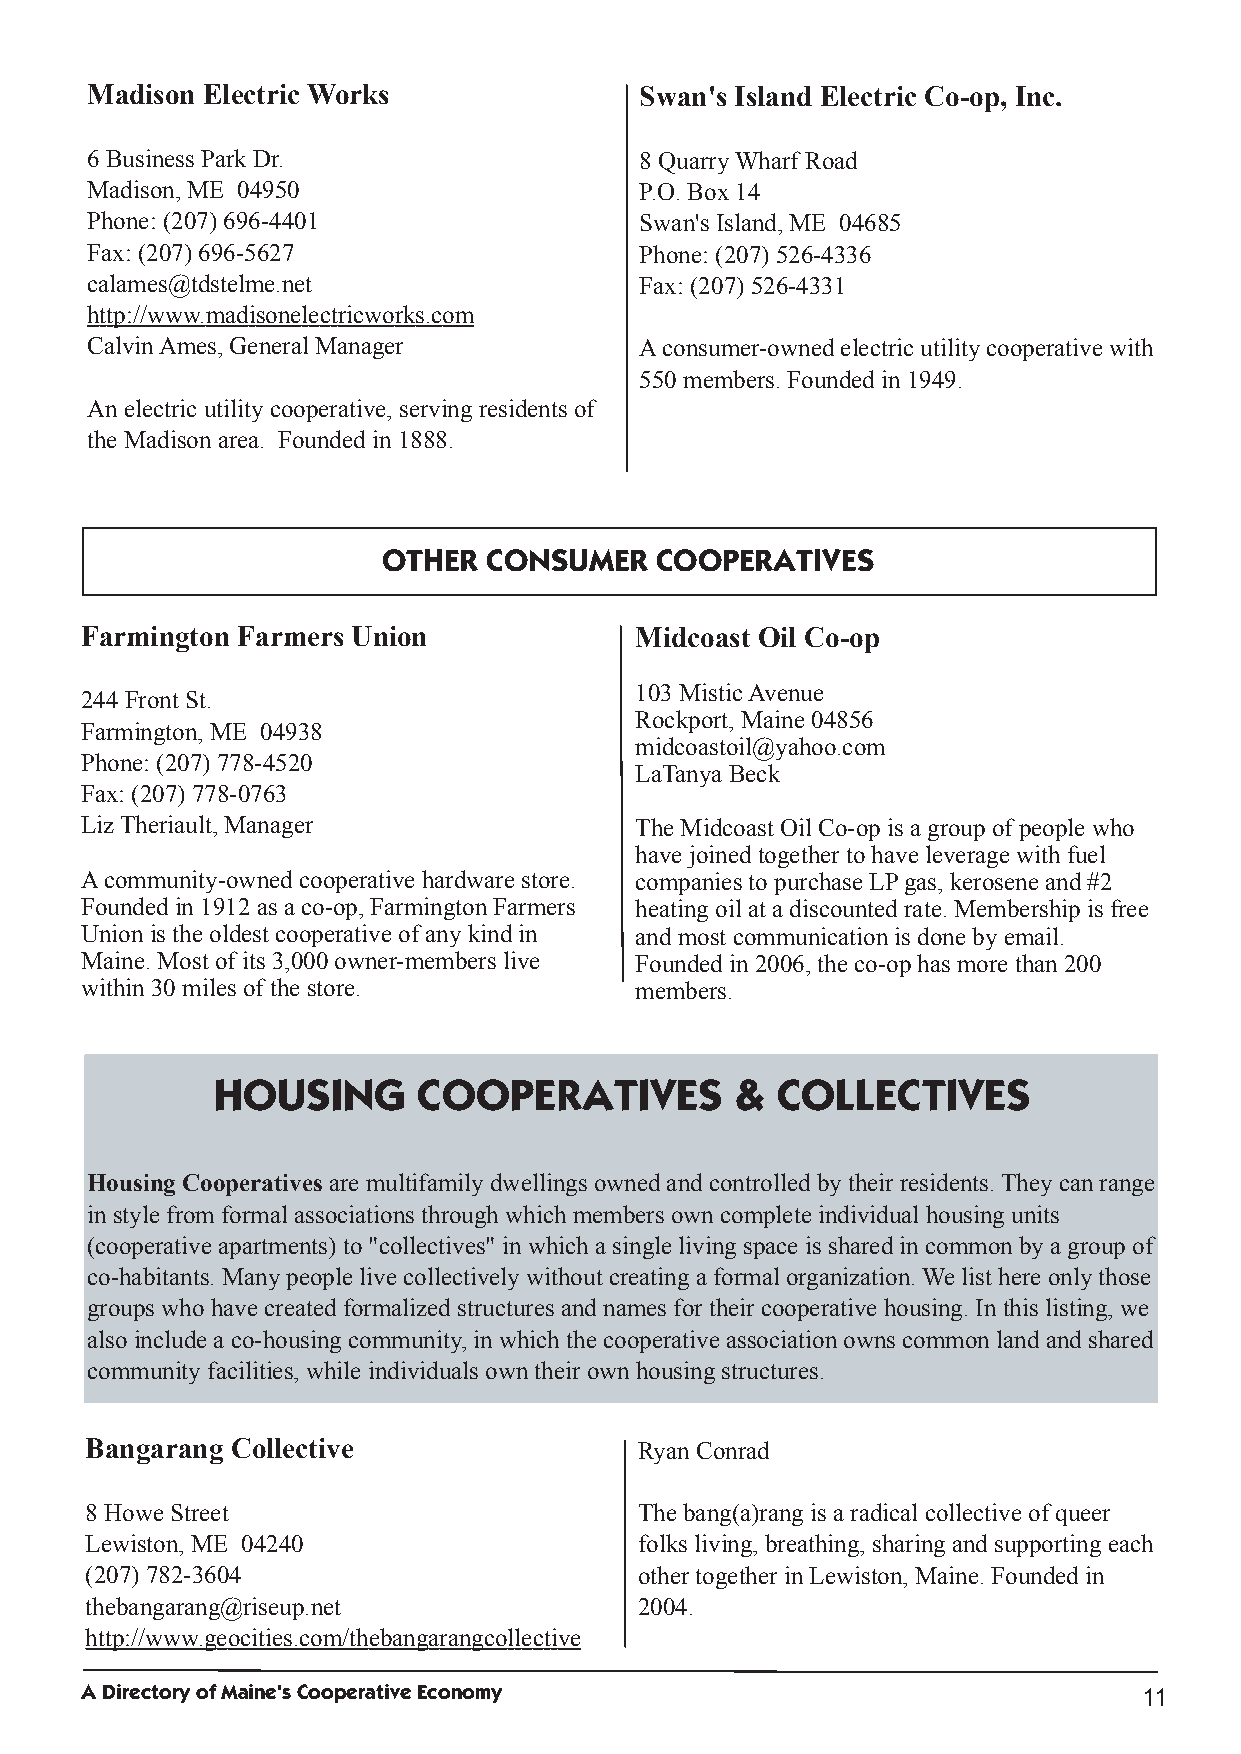
Madison Electric Works              Swan's Island Electric Co­op, Inc.
 6Business ParkDr.                   8QuarryWharf Road
 Madison,ME 04950                    P.O.Box14
 Phone: (207) 696­4401               Swan's Island,ME 04685
 Fax: (207) 696­5627                 Phone: (207) 526­4336
 calames@tdstelme.net                Fax: (207) 526­4331
 http://www.madisonelectricworks.com
 CalvinAmes,General Manager          Aconsumer­ownedelectric utilitycooperative with
 550members.Foundedin1949.
 Anelectric utilitycooperative,servingresidents of
 the Madisonarea. Foundedin1888.
 OTHER  CONSUMER   COOPERATIVES
 Farmington Farmers Union             Midcoast Oil Co­op
 103MisticAvenue
 244Front St.
 Rockport,Maine 04856
 Farmington,ME 04938
 midcoastoil@yahoo.com
 Phone: (207) 778­4520
 LaTanya Beck
 Fax: (207) 778­0763
 LizTheriault, Manager                The Midcoast Oil Co­opis a groupof people who
 have joinedtogether tohave leverage withfuel
 Acommunity­ownedcooperative hardware store. companies topurchase LPgas,kerosene and#2
 Foundedin1912as a co­op,FarmingtonFarmers heatingoil at a discountedrate.Membershipis free
 Unionis the oldest cooperative of anykindin andmost communicationis done byemail.
 Maine.Most of its 3,000owner­members live Foundedin2006,the co­ophas more than200
 within30miles of the store.          members.
 HOUSING       COOPERATIVES         & COLLECTIVES
 HousingCooperatives are multifamilydwellings ownedandcontrolledbytheir residents.Theycanrange
 instyle from formal associations throughwhichmembers owncomplete individual housingunits
 (cooperative apartments) to"collectives" inwhicha single livingspace is sharedincommonbya groupof
 co­habitants.Manypeople live collectivelywithout creatinga formal organization.We list here onlythose
 groups whohave createdformalizedstructures andnames for their cooperative housing.Inthis listing,we
 alsoinclude a co­housingcommunity,inwhichthe cooperative associationowns commonlandandshared
 communityfacilities,while individuals owntheir ownhousingstructures.
 Bangarang Collective                RyanConrad
 8Howe Street                        The bang(a)rangis a radical collective of queer
 Lewiston,ME 04240                   folks living,breathing,sharingandsupportingeach
 (207) 782­3604                      other together inLewiston,Maine.Foundedin
 thebangarang@riseup.net             2004.
 http://www.geocities.com/thebangarangcollective
 ADirectoryofMaine'sCooperativeEconomy
 11